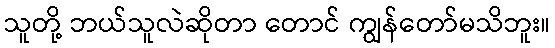
သူတို့ ဘယ်သူလဲဆိုတာ တောင် ကျွန်တော်မသိဘူး။